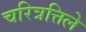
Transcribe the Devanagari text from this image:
चरित्रत्तिले